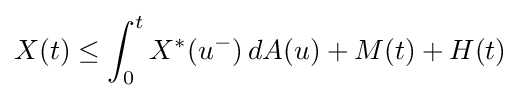
X(t)\leq \int _{0}^{t}X^{*}(u^{-})\,dA(u)+M(t)+H(t)